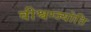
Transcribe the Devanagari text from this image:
वीश्वग्ज्योति